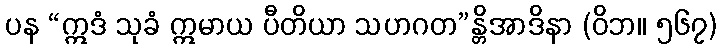
ပန “ဣဒံ သုခံ ဣမာယ ပီတိယာ သဟဂတ”န္တိအာဒိနာ (ဝိဘ။ ၅၆၇)